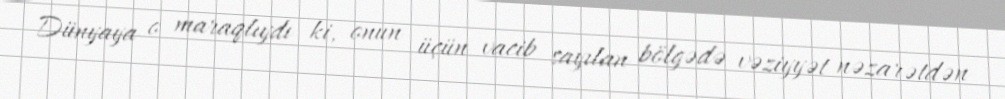
Dünyaya o maraqlıydı ki, onun üçün vacib sayılan bölgədə vəziyyət nəzarətdən